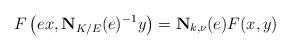
LaTeX: \begin{align*}F\left(ex, \mathbf{N}_{K/E}(e)^{-1}y\right) = \mathbf{N}_{k, \nu}(e)F(x, y)\end{align*}